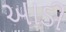
આડી